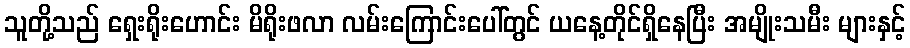
သူတို့သည် ရှေးရိုးဟောင်း မိရိုးဖလာ လမ်းကြောင်းပေါ်တွင် ယနေ့တိုင်ရှိနေပြီး အမျိုးသမီး များနှင့်